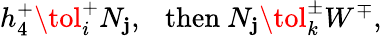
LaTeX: h_{4}^{+}\tol_{i}^{+}N_{\mathbf{j}},~~~\mathrm{{then}}~N_{\mathbf{j}}\tol_{k}^{\pm}W^{\mp},